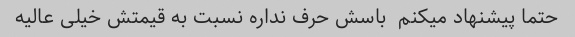
حتما پیشنهاد میکنم  باسش حرف نداره نسبت به قیمتش خیلی عالیه